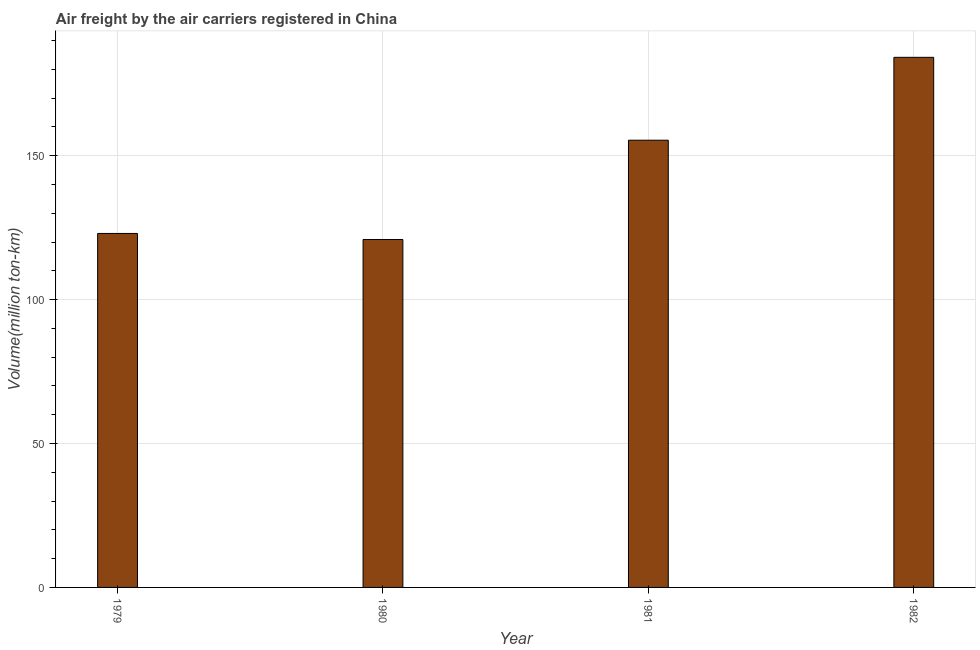
| Year | Air transport |
 | --- | --- |
 | 1979 | 123 |
 | 1980 | 121 |
 | 1981 | 155 |
 | 1982 | 184 |